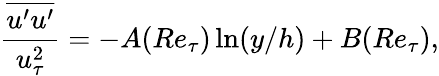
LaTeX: \frac{\overline{{u^{\prime}u^{\prime}}}}{u_{\tau}^{2}}=-A(Re_{\tau})\ln(y/h)+B(Re_{\tau}),